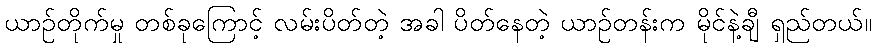
ယာဉ်တိုက်မှု တစ်ခုကြောင့် လမ်းပိတ်တဲ့ အခါ ပိတ်နေတဲ့ ယာဉ်တန်းက မိုင်နဲ့ချီ ရှည်တယ်။